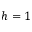
h = 1